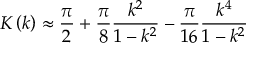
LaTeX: K \left( k \right) \approx { \frac { \pi } { 2 } } + { \frac { \pi } { 8 } } { \frac { k ^ { 2 } } { 1 - k ^ { 2 } } } - { \frac { \pi } { 1 6 } } { \frac { k ^ { 4 } } { 1 - k ^ { 2 } } }